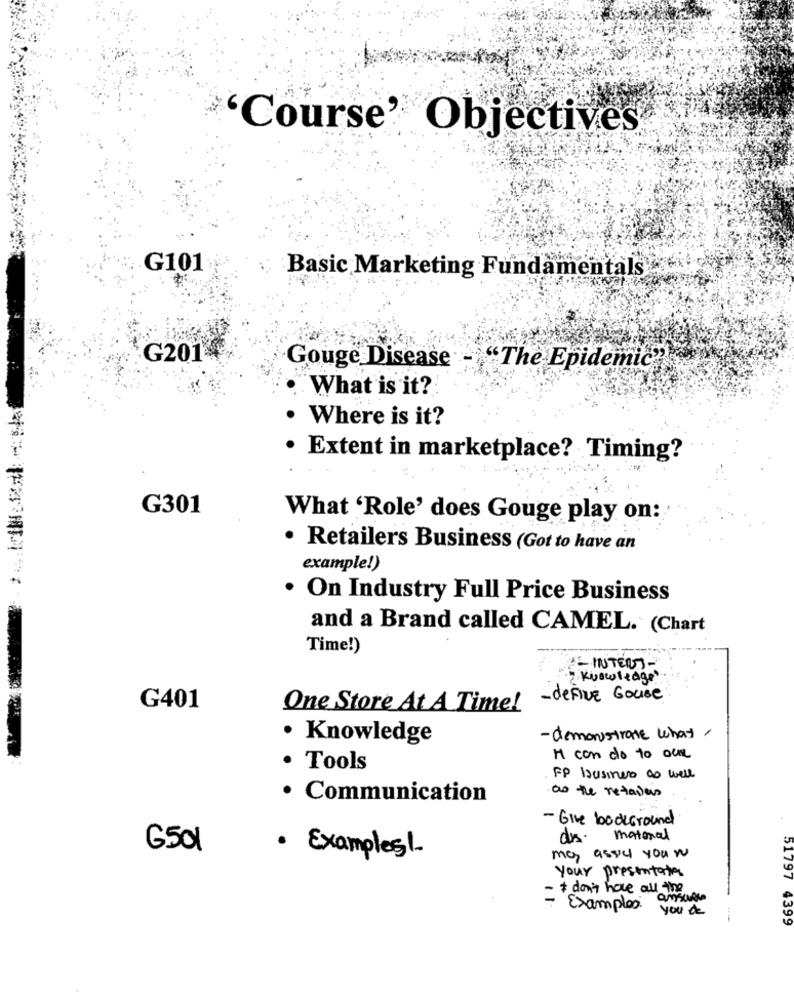
'Course' Objectives
G101
Basic Marketing Fundamentals
G201.
Gouge Disease - "The Epidemic"
What is it?
Where is it?
· Extent in marketplace? Timing?
G301
What 'Role' does Gouge play on:
· Retailers Business (Got to have an
example!)
. On Industry Full Price Business
and a Brand called CAMEL. (Chart
Time!)
12- INTERT-
Knowledge
- define Gouse
G401
One Store At A Time!
· Knowledge
-demonstrate what ,
M con do to our
· Tools
FP busines as well
as the retailers
· Communication
- Give backGround
drs. maternal
G501
· Examples !.
ma assic you w
Your presentation
51797
* don't have all the
Examples
you de
399